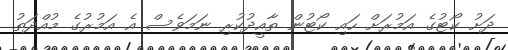
ދަށު ކޯޓުގެ އަމުރަށް ހައި ކޯޓުން ތާއީދުކުރި ނަމަވެސް އެ އަމުރުގެ މުއްދަތު